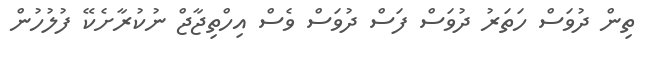
ތިން ދުވަސް ހަތަރު ދުވަސް ފަސް ދުވަސް ވެސް އިހްތިޖާޖް ނުކުރާށެކޭ ފުލުހުން